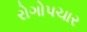
રોગોપચાર